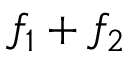
f _ { 1 } + f _ { 2 }